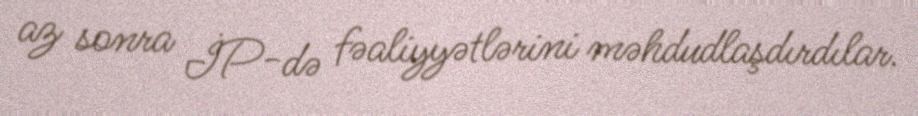
az sonra İP-də fəaliyyətlərini məhdudlaşdırdılar.